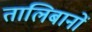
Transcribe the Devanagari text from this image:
तालिबानों